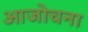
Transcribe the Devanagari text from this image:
आजोचना